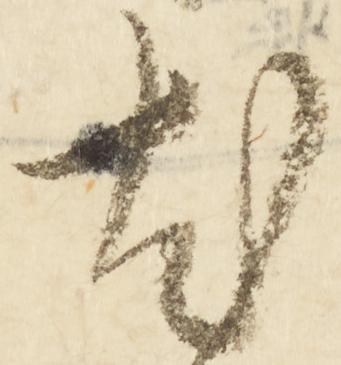
知